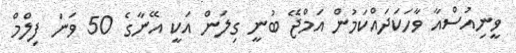
ވީނިއުސްއާ ވާހަކަދައްކަމުން އަމްޖޭ ބުނީ ގިލަން އަކީ އޭނާގެ 50 ވަނަ ފިލްމް